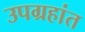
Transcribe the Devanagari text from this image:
उपग्रहांत